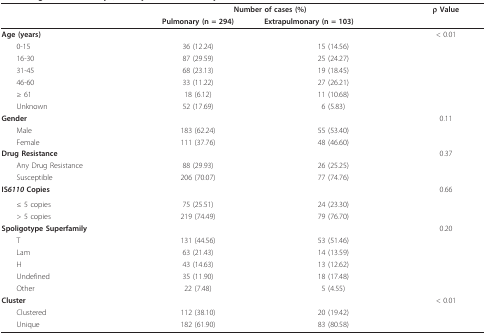
<table><thead><tr><td></td><td colspan="2"><b>Number of cases (%)</b></td><td><b>ρ Value</b></td></tr><tr><td></td><td><b>Pulmonary (n = 294)</b></td><td><b>Extrapulmonary (n = 103)</b></td><td></td></tr></thead><tbody><tr><td><b>Age (years)</b></td><td></td><td></td><td>&lt; 0.01</td></tr><tr><td> 0-15</td><td>36 (12.24)</td><td>15 (14.56)</td><td></td></tr><tr><td> 16-30</td><td>87 (29.59)</td><td>25 (24.27)</td><td></td></tr><tr><td> 31-45</td><td>68 (23.13)</td><td>19 (18.45)</td><td></td></tr><tr><td> 46-60</td><td>33 (11.22)</td><td>27 (26.21)</td><td></td></tr><tr><td> ≥ 61</td><td>18 (6.12)</td><td>11 (10.68)</td><td></td></tr><tr><td> Unknown</td><td>52 (17.69)</td><td>6 (5.83)</td><td></td></tr><tr><td colspan="3"><b>Gender</b></td><td>0.11</td></tr><tr><td> Male</td><td>183 (62.24)</td><td>55 (53.40)</td><td></td></tr><tr><td> Female</td><td>111 (37.76)</td><td>48 (46.60)</td><td></td></tr><tr><td colspan="3"><b>Drug Resistance</b></td><td>0.37</td></tr><tr><td> Any Drug Resistance</td><td>88 (29.93)</td><td>26 (25.25)</td><td></td></tr><tr><td> Susceptible</td><td>206 (70.07)</td><td>77 (74.76)</td><td></td></tr><tr><td><b>IS<i>6110 </i>Copies</b></td><td></td><td></td><td>0.66</td></tr><tr><td> ≤ 5 copies</td><td>75 (25.51)</td><td>24 (23.30)</td><td></td></tr><tr><td> &gt; 5 copies</td><td>219 (74.49)</td><td>79 (76.70)</td><td></td></tr><tr><td colspan="3"><b>Spoligotype Superfamily</b></td><td>0.20</td></tr><tr><td> T</td><td>131 (44.56)</td><td>53 (51.46)</td><td></td></tr><tr><td> Lam</td><td>63 (21.43)</td><td>14 (13.59)</td><td></td></tr><tr><td> H</td><td>43 (14.63)</td><td>13 (12.62)</td><td></td></tr><tr><td> Undefined</td><td>35 (11.90)</td><td>18 (17.48)</td><td></td></tr><tr><td> Other</td><td>22 (7.48)</td><td>5 (4.55)</td><td></td></tr><tr><td colspan="3"><b>Cluster</b></td><td>&lt; 0.01</td></tr><tr><td> Clustered</td><td>112 (38.10)</td><td>20 (19.42)</td><td></td></tr><tr><td> Unique</td><td>182 (61.90)</td><td>83 (80.58)</td><td></td></tr></tbody></table>